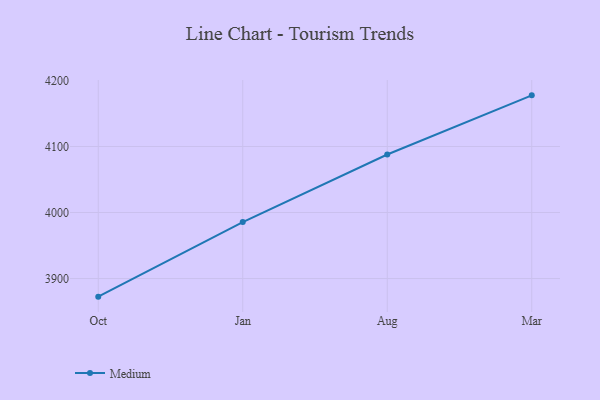
{"axis": {"x": "Month", "y": "Headcount"}, "legend": ["Medium"], "data": [{"x": "Oct", "y": 3872.6, "type": "Medium"}, {"x": "Jan", "y": 3985.5, "type": "Medium"}, {"x": "Aug", "y": 4087.8, "type": "Medium"}, {"x": "Mar", "y": 4177.4, "type": "Medium"}]}